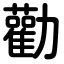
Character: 勸